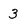
Character: 3